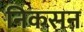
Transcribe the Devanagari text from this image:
निकसन